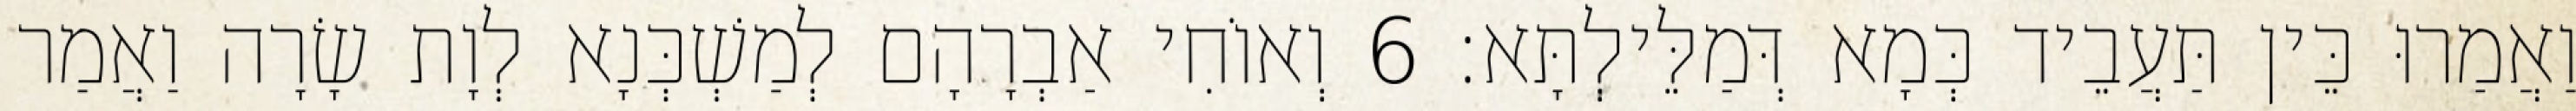
וַאֲמַרוּ כֵּין תַּעֲבֵיד כְּמָא דְּמַלֵּילְתָּא׃ 6 וְאוֹחִי אַבְרָהָם לְמַשְׁכְּנָא לְוָת שָׂרָה וַאֲמַר